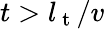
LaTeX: t>l_{\mathrm{~t~}}/v